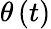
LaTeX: \theta\left(t\right)